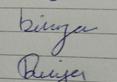
Signature authenticity: genuine